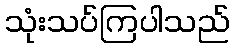
သုံးသပ်ကြပါသည်